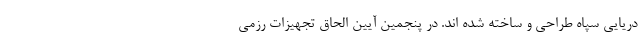
دریایی سپاه طراحی و ساخته شده اند. در پنجمین آیین الحاق تجهیزات رزمی